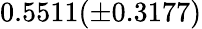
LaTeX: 0.5511(\pm 0.3177)